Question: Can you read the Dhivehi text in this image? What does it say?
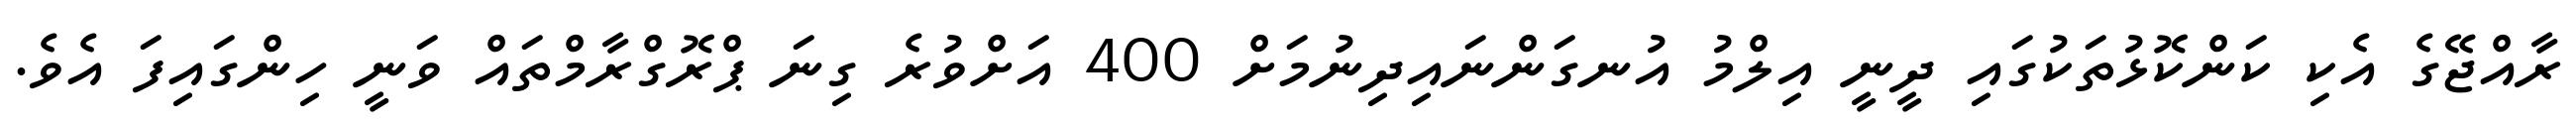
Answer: ރާއްޖޭގެ އެކި ކަންކޮޅުތަކުގައި ދީނީ އިލްމު އުނގަންނައިދިނުމަށް 400 އަށްވުރެ ގިނަ ޕްރޮގްރާމްތައް ވަނީ ހިންގައިފަ އެވެ.